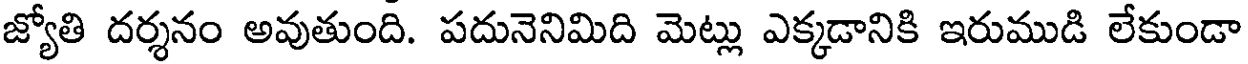
జ్యోతి దర్శనం అవుతుంది. పదునెనిమిది మెట్లు ఎక్కడానికి ఇరుముడి లేకుండా